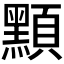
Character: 𪑸